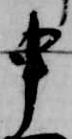
申